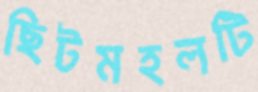
ছিটমহলটি